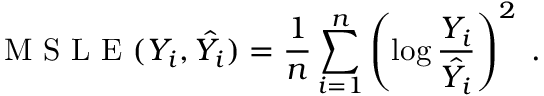
\mathrm { ~ M ~ S ~ L ~ E ~ } ( Y _ { i } , \hat { Y _ { i } } ) = { \frac { 1 } { n } } \sum _ { i = 1 } ^ { n } \left( \log { \frac { Y _ { i } } { { \hat { Y _ { i } } } } } \right) ^ { 2 } \; .